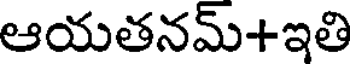
ఆయతనమ్+ఇతి